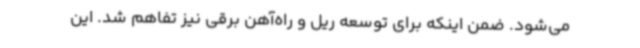
می‌شود. ضمن اینکه برای توسعه ریل و راه‌آهن برقی نیز تفاهم شد. این